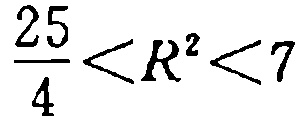
\frac{25}{4}<R^{2}<7